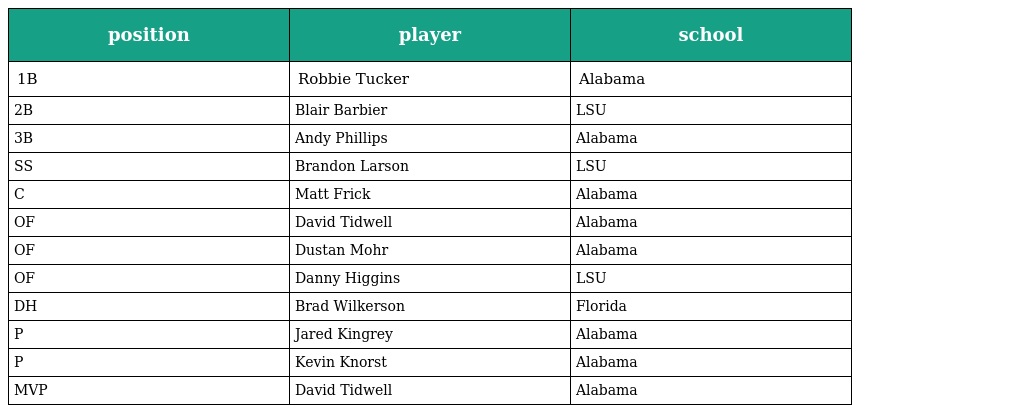
| position | player | school |
 | --- | --- | --- |
 | 1B | Robbie Tucker | Alabama |
 | 2B | Blair Barbier | LSU |
 | 3B | Andy Phillips | Alabama |
 | SS | Brandon Larson | LSU |
 | C | Matt Frick | Alabama |
 | OF | David Tidwell | Alabama |
 | OF | Dustan Mohr | Alabama |
 | OF | Danny Higgins | LSU |
 | DH | Brad Wilkerson | Florida |
 | P | Jared Kingrey | Alabama |
 | P | Kevin Knorst | Alabama |
 | MVP | David Tidwell | Alabama |